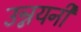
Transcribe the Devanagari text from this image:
उन्नयनी